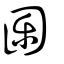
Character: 圞